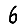
Digit: 6